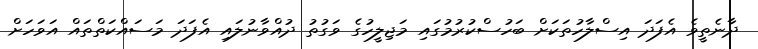
ދާނެތީވެ އެފަދަ އިސްލާހުތަކަށް ބަހުސްކުރުމުގައި މަޖިލީހުގެ ވަގުތު ދުއްވާނުލައި އެފަދަ މަސައްކަތްތައް އަވަހަށް